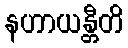
နဟာယန္တီတိ